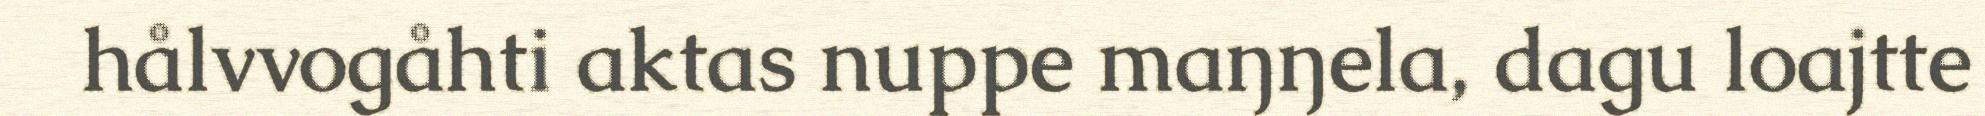
hålvvogåhti aktas nuppe maŋŋela, dagu loajtte